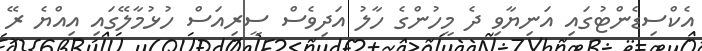
އެކްސިޑެންޓުގައި އަނިޔާވި ދެ މީހުންގެ ހާލު އަދިވެސް ސީރިއަސް ހުޅުމާލޭގައި އިއްޔެ ރޭ